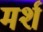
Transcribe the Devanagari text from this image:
मर्श